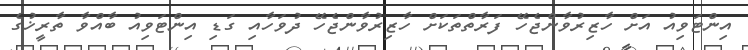
އިންޓަވިއު އަށް ހާޒިރުވާންޖެހޭ ފަރާތްތަކަށް ހާޒިރުވާންޖެހޭ ދުވަހާއި ގަޑި އިންޓަވިއު ބާއްވާ ތާރީޚުގެ